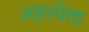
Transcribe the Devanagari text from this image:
अहल्येला